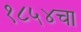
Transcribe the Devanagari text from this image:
१८५४चा